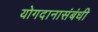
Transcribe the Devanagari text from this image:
योगदानासंबंधी